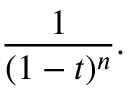
{ \frac { 1 } { ( 1 - t ) ^ { n } } } .